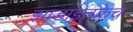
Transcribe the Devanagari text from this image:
झाडाइतकेच